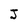
Character: J